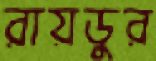
রায়ডুর